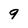
Character: 9